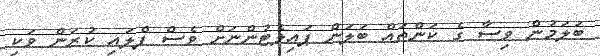
ބަލަމުން ވިސާ ގެ ކަންތައް ބަލަން ޕައިލެޓުންނަށް ވެސް ފްލައި ކުރަން ވަކި